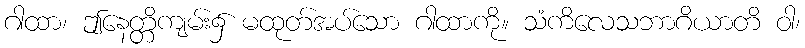
ဂါထာ၊ ဤနေတ္တိကျမ်း၌ မထုတ်အပ်သော ဂါထာကို။ သံကိလေသဘာဂိယာတိ ဝါ၊